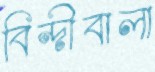
বিন্দীবালা